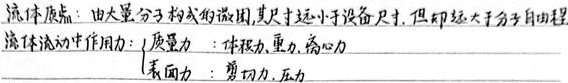
流体质点：由大量分子构成的微团，其尺寸远小于设备尺寸，但却远大于分子自由程。

流体流动中作用力：
- 质量力：体积力、重力、离心力
- 表面力：剪切力、压力